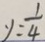
y = \frac { 1 } { 4 }